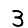
Digit: 3